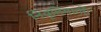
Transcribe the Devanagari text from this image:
निवृत्तिमार्गी।